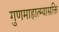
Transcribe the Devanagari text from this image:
गुणमाहात्म्यासक्ति